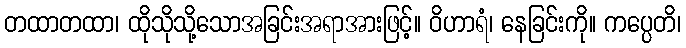
တထာတထာ၊ ထိုသိုသို့သောအခြင်းအရာအားဖြင့်။ ဝိဟာရံ၊ နေခြင်းကို။ ကပ္ပေတိ၊